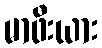
မာဖီးယား